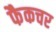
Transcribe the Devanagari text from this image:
फैकचर